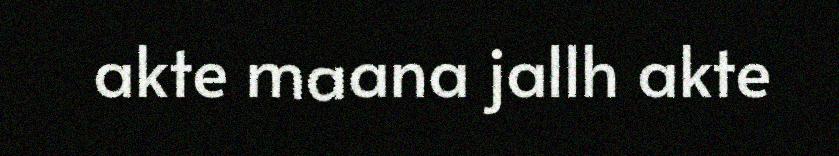
akte maana jallh akte